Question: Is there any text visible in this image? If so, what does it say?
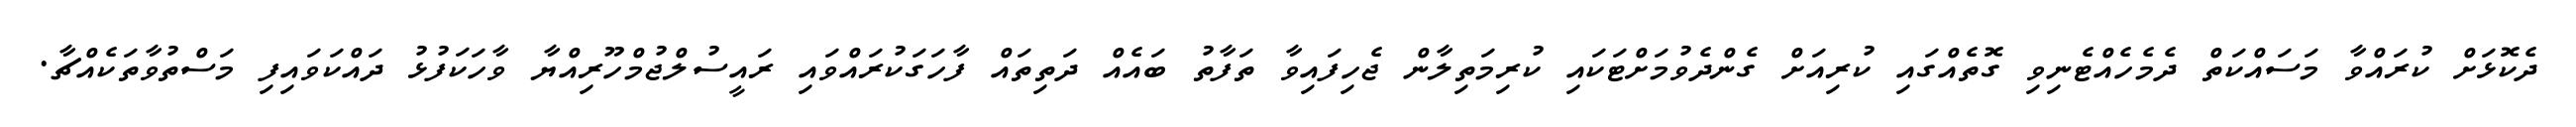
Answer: ދެކޮޅަށް ކުރައްވާ މަސައްކަތް ދެމެހެއްޓެނިވި ގޮތެއްގައި ކުރިއަށް ގެންދެވުމަށްޓަކައި ކުރިމަތިލާން ޖެހިފައިވާ ތަފާތު ބައެއް ދަތިތައް ފާހަގަކުރައްވައި ރައީސުލްޖުމްހޫރިއްޔާ ވާހަކަފުޅު ދައްކަވައިފި މަސްތުވާތަކެއްޗާ.